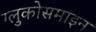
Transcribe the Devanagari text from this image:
ग्लुकोसमाइन